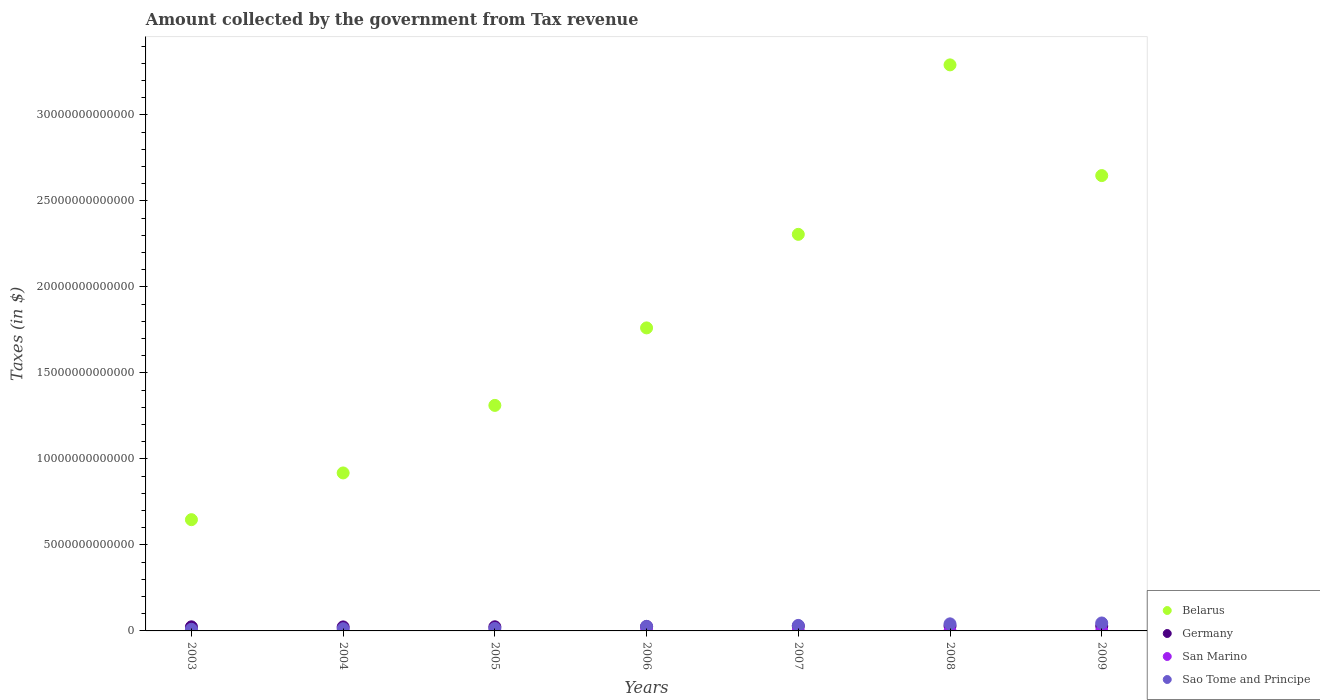
| Years | Belarus | Germany | San Marino | Sao Tome and Principe |
 | --- | --- | --- | --- | --- |
 | 2003 | 6.47e+12 | 2.38e+11 | 2.19e+08 | 9.57e+10 |
 | 2004 | 9.18e+12 | 2.33e+11 | 2.2e+08 | 1.3e+11 |
 | 2005 | 1.31e+13 | 2.4e+11 | 2.43e+08 | 1.46e+11 |
 | 2006 | 1.76e+13 | 2.55e+11 | 2.62e+08 | 2.67e+11 |
 | 2007 | 2.31e+13 | 2.79e+11 | 2.82e+08 | 3.2e+11 |
 | 2008 | 3.29e+13 | 2.86e+11 | 2.89e+08 | 4.11e+11 |
 | 2009 | 2.65e+13 | 2.82e+11 | 2.51e+08 | 4.62e+11 |